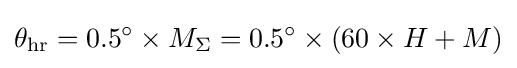
\theta _{\text{hr}}=0.5^{\circ }\times M_{\Sigma }=0.5^{\circ }\times (60\times H+M)